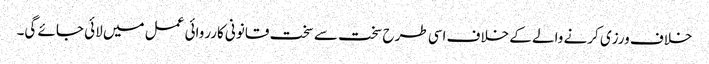
خلاف ورزی کرنے والے کے خلاف اسی طرح سخت سے سخت قانونی کارروائی عمل میں لائی جائے گی۔